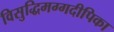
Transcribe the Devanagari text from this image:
विसुद्धिमग्गदीपिका